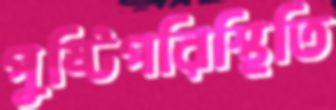
পুষ্টিপরিস্থিতি